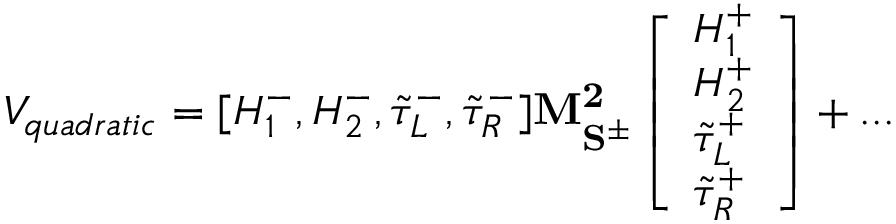
V _ { q u a d r a t i c } = [ H _ { 1 } ^ { - } , H _ { 2 } ^ { - } , \tilde { \tau } _ { L } ^ { - } , \tilde { \tau } _ { R } ^ { - } ] \mathbf { M _ { S ^ { \pm } } ^ { 2 } } \left[ \begin{array} { l } { { H _ { 1 } ^ { + } } } \\ { { H _ { 2 } ^ { + } } } \\ { { \tilde { \tau } _ { L } ^ { + } } } \\ { { \tilde { \tau } _ { R } ^ { + } } } \end{array} \right] + . . .